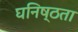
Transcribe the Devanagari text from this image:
घनिष्‍ठता